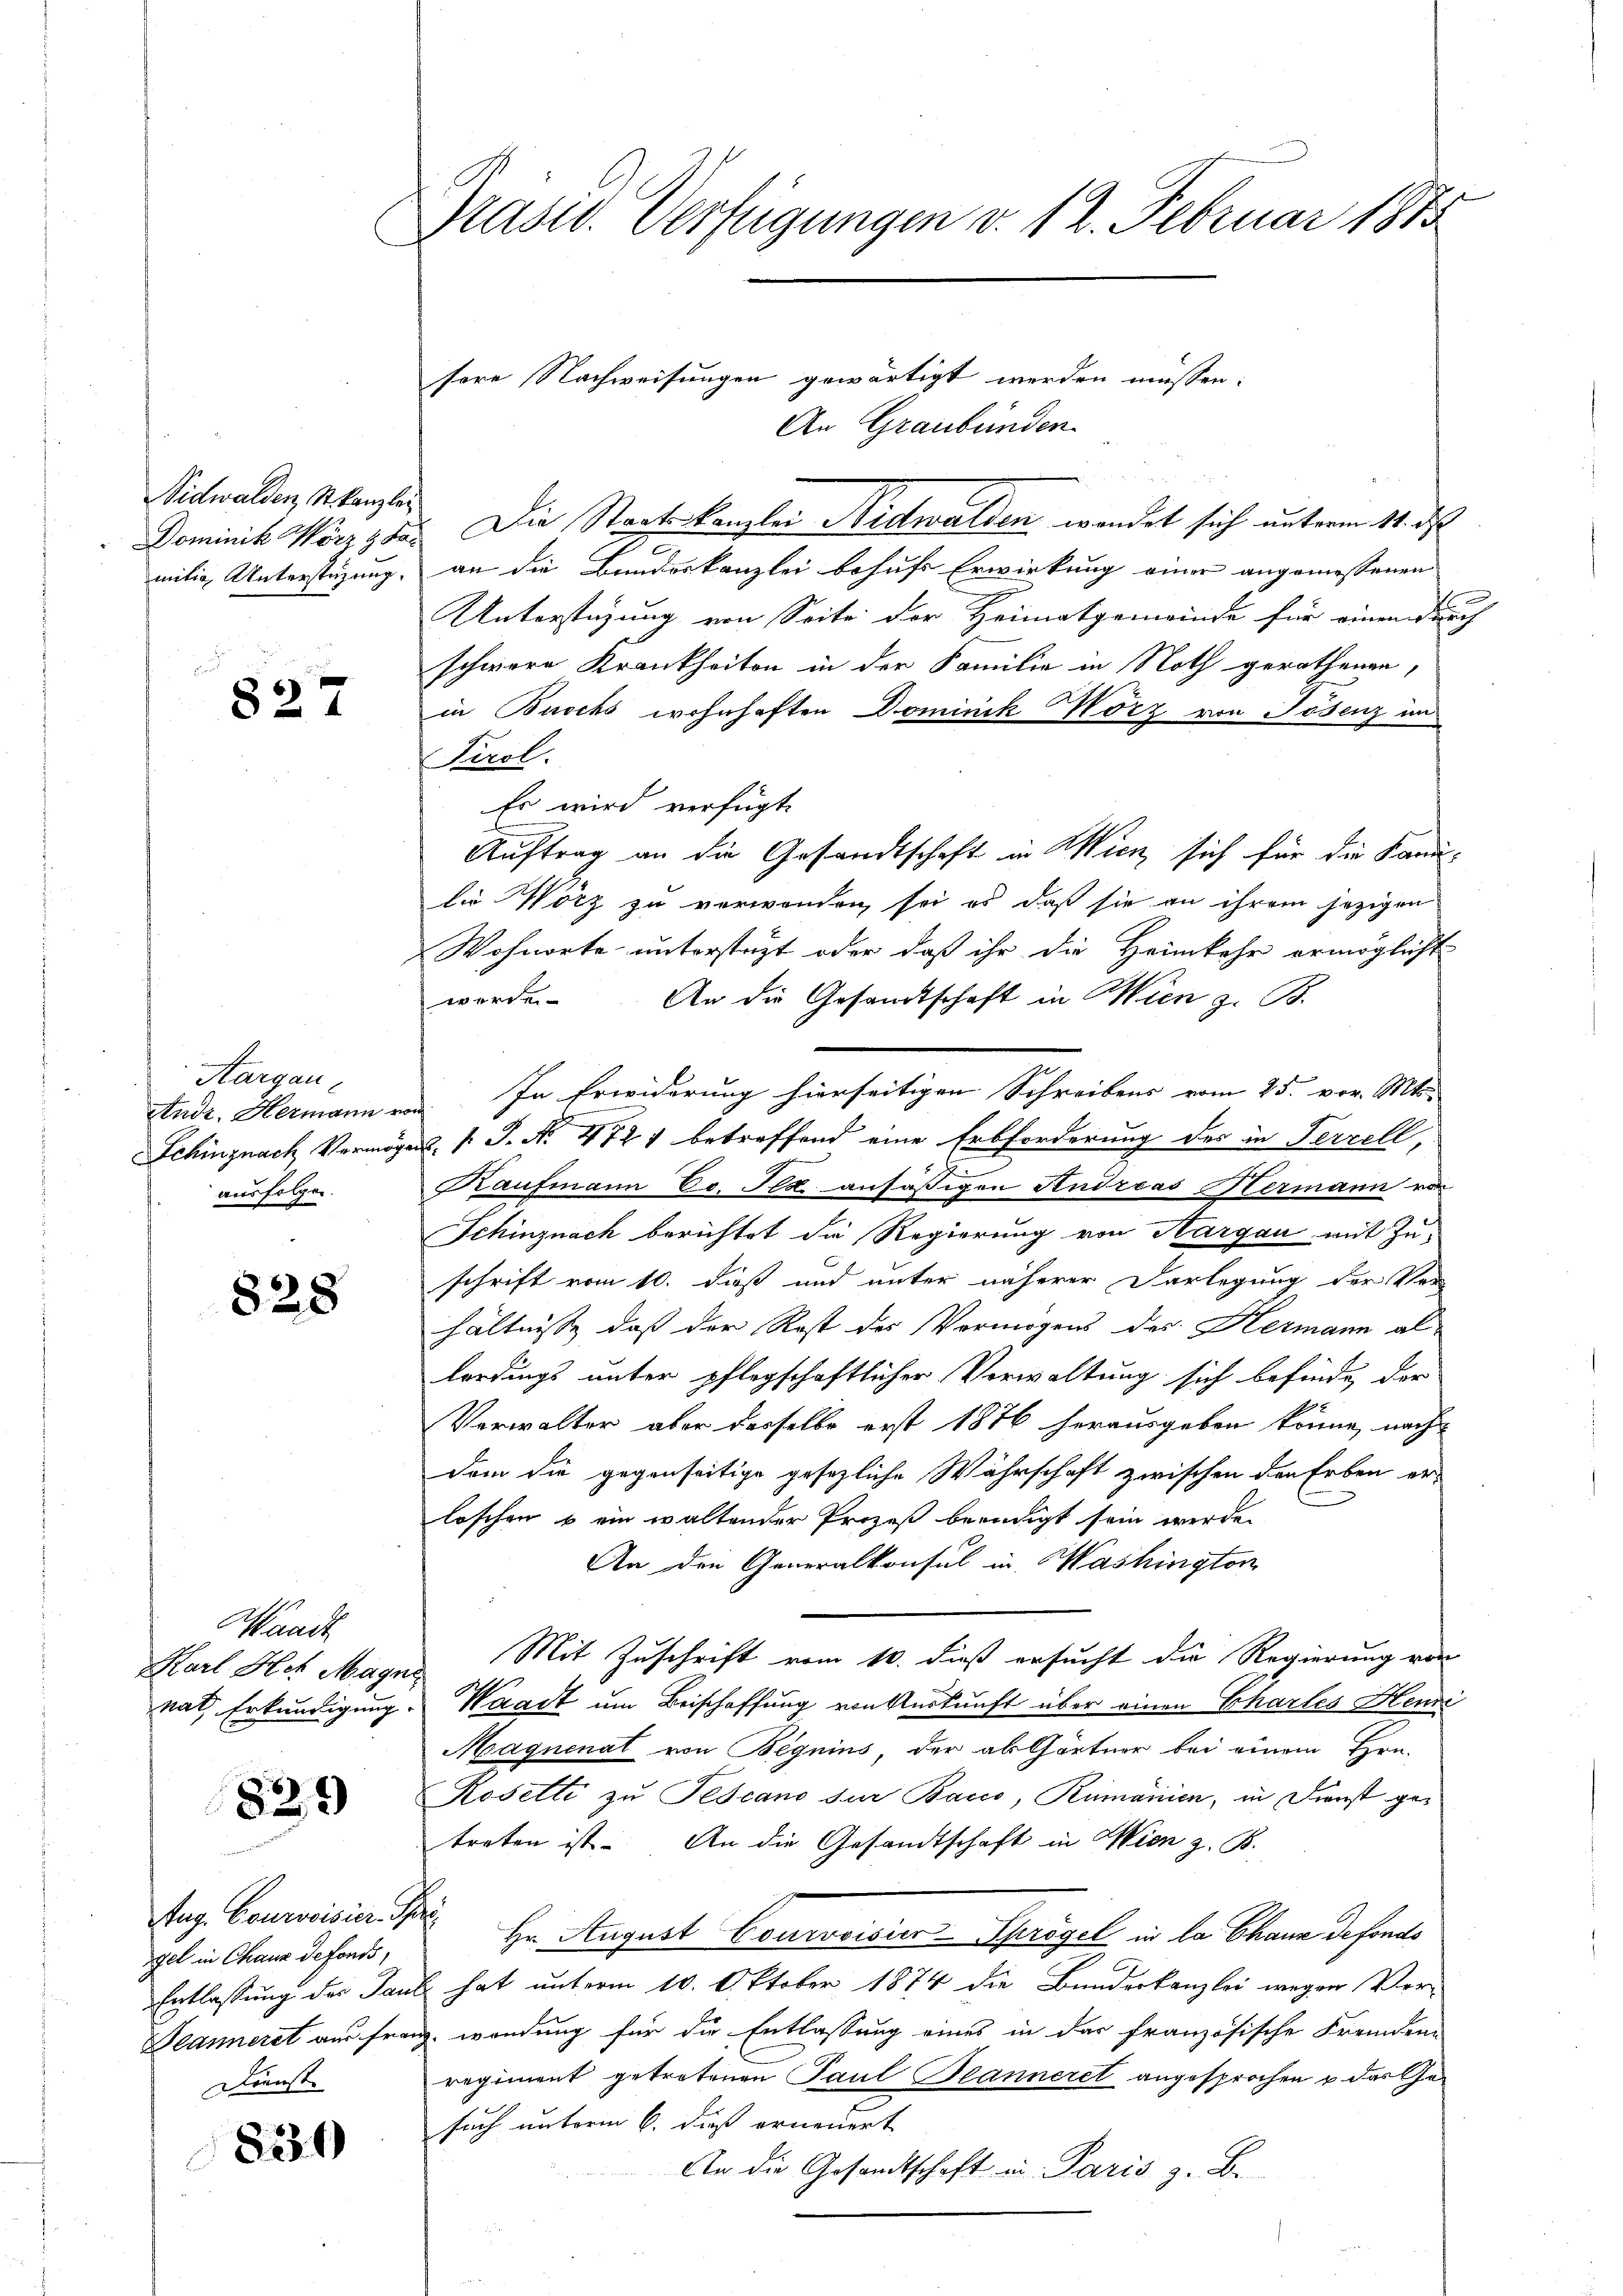
Nidwalden, St. Kanzlei

c
827

Aargau,
ausfolgen.

828

sere Nachweisungen gewärtigt werden müssen.
An Graubünden
Dominik Wörzzer. Die Staatskanzlei Nidwalden wendet sich unterm 11. des
.
mitig Unterstüzung, an die Bundeskanzlei behufs Erwirkung einer angemessenen
Unterstüzung von Seite der Heimatgemeinde für einen durch
schwere Krankheiten in der Familie in Noth gerathenen,
in Buochs wohnhaften Dominik örz von Tosenz im
Tirol.
Es wird verfügt:
Auftrag an die Gesandtschaft in Wien, sich für die Kanlie Wölz zu verwenden, sei es daß sie an ihrem jezigen
Wohnorte unterstüzt oder daß ihr die Heimkehr ermöglicht
worden. An die Gesandtschaft in Wien z. B.
Stude. Hermann von. In Erwiderung hierseitigen Schreibens vom 25. vor. Mts.
Schinznach Vermögens [ J. No. 472 betreffend eine Erbforderung des in Ferrell,
Kaufmann Co. Ils ansässigen Andreas Hermann von
Schinznach berichtet die Regierung von Nargau mit Zu-
schrift vom 10. dieß und unter näherer Darlegung der Ver
hältnisse daß der Rost des Vermögens des Hermann allerdings unter pflegschaftlicher Verwaltung sich befinde, der
Verwalter aber dasselbe erst 1876 herausgeben könne, nach
dem die gegenseitige gesezliche Währschaft zwischen den Erben er-
loschen u ein waltender Prozeß beendigt sein werde.
An den Generalkonsul in Washington
Karl Het Magn. Mit Zuschrift vom 10. dieß ersucht die Regierung von
nat Erkundigung. Waadt um Beischaffung von Auskunft über einen Chartes Henne
Maqnenat von Begnius, der ab Gärtner bei einem Hrn.
Rosette zu Pescano zur Baco, Rumänien, in Dienst getreten ist. An die Gesandtschaft in Wien z. B.
Hr. August Courvoisier-Sprögel in la Chann defonds
Entlassung der Paul hat unterm 10. Oktober 1874 die Bunderkanzlei wegen Ver¬
Banneret aus Franz, wendung für die Entlassung eines in der französische Fremden-
regiment getretenen Paul Planneret angesprochen u das Gesuch unterm 6. daß erneuert
An die Gesandtschaft in Paris z. B.

Waadt

829

Aug. Courvoisier. Pfarrgel in Chaux de fonds,
Dienst.

8239

Präsid. Verfügungen v. 12. Februar 1875